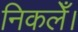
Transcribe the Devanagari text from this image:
निकलेँ।